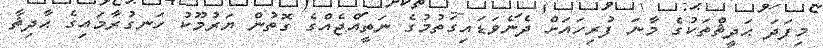
މިފަދަ ޙަދީޘްތަކުގެ މާނަ ފުރިހައަށް ދެނެވަޑައިގަތުމުގެ ނަތީއްޖެއްގެ ގޮތުން ޔަރުމޫކު ހަނގުރާމައިގެ ޙާދިޘާ